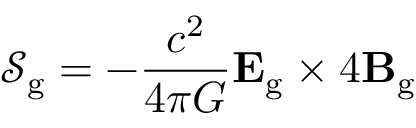
{ \mathcal { S } } _ { \mathrm { g } } = - { \frac { c ^ { 2 } } { 4 \pi G } } \mathbf { E } _ { \mathrm { g } } \times 4 \mathbf { B } _ { \mathrm { g } }